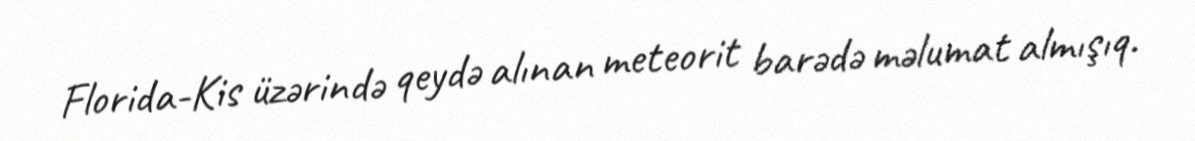
Florida-Kis üzərində qeydə alınan meteorit barədə məlumat almışıq.